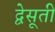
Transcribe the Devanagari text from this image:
द्वेसूती